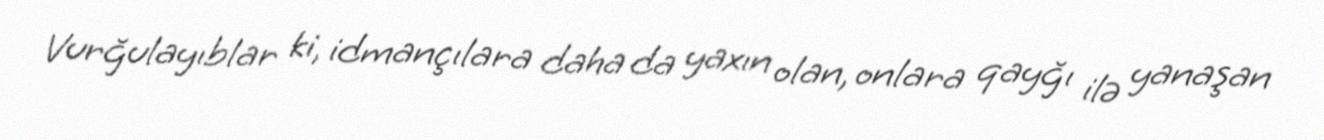
Vurğulayıblar ki, idmançılara daha da yaxın olan, onlara qayğı ilə yanaşan